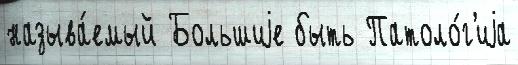
называ́емый Большиjе быть Патоло́г'иjа